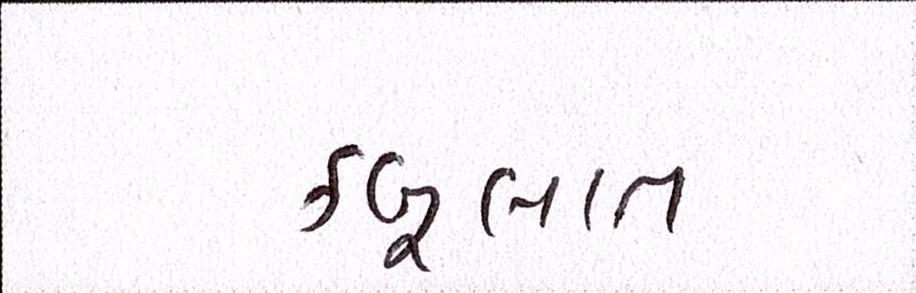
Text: કબૂલાત